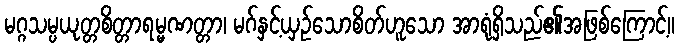
မဂ္ဂသမ္ပယုတ္တစိတ္တာရမ္မဏတ္တာ၊ မဂ်နှင့်ယှဉ်သောစိတ်ဟူသော အာရုံရှိသည်၏အဖြစ်ကြောင့်။